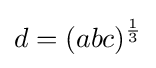
d=(abc)^{\frac {1}{3}}\,\!